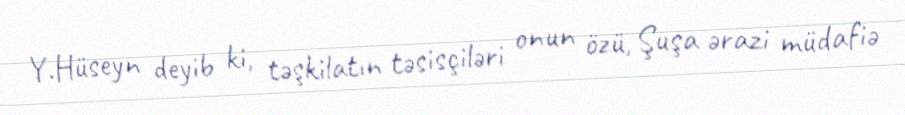
Y.Hüseyn deyib ki, təşkilatın təsisçiləri onun özü, Şuşa ərazi müdafiə